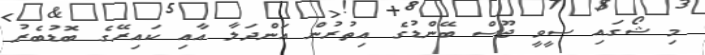
މި ޝޯގައި ސީވީ ޖޫސް ބޭންޑުގެ އިތުރުން އަންދަލާ އާއި ކައިރޭގެ ބޮޑުބެރު